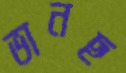
ভানছ